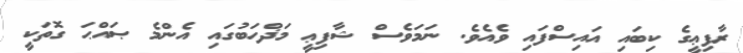
ރާފިޢީގެ ކިބައި އައިސްފައި ވެއެވެ. ނަމަވެސް ޝާފިޢީ މަޛްހަބުގައި އެންމެ ޞައްޙަ ގޮތަކީ